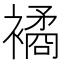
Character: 𧝃